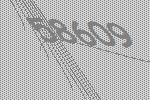
58609